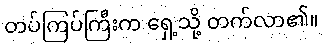
တပ်ကြပ်ကြီးက ရှေ့သို့ တက်လာ၏။